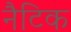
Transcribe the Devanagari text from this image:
नैटिक